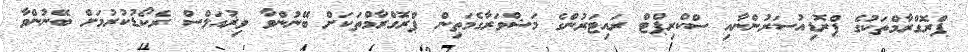
ޕްރޮގްރާމްތަކުގެ ޕްރޮޑިއުސަރުންނާއި ސްކްރިޕްޓް ރައިޓަރުންގެ މަޝްވަރާގެމަތިން ޕްރޮގްރާމްތަކަށް ބޭނުންވާ ވިޜުއަލްސް ރެކޯޑުކުރުމަށް ބޭނުންވާ